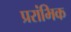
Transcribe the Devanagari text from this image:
प्ररांभिक